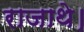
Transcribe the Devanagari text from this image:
राजाथे।